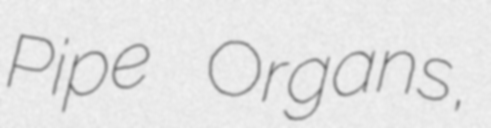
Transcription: Pipe Organs,